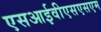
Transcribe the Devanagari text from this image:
एसआईवीएसएसएम